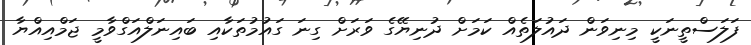
ފަލަސްތީނަކީ މިނިވަން ދައުލަތެއް ކަމަށް ދުނިޔޭގެ ވަރަށް ގިނަ ގައުމުތަކާއި ބައިނަލްއަގްވާމީ ޖަމްއިއްޔާ